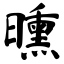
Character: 曛